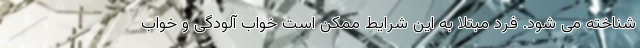
شناخته می شود. فرد مبتلا به این شرایط ممکن است خواب آلودگی و خواب